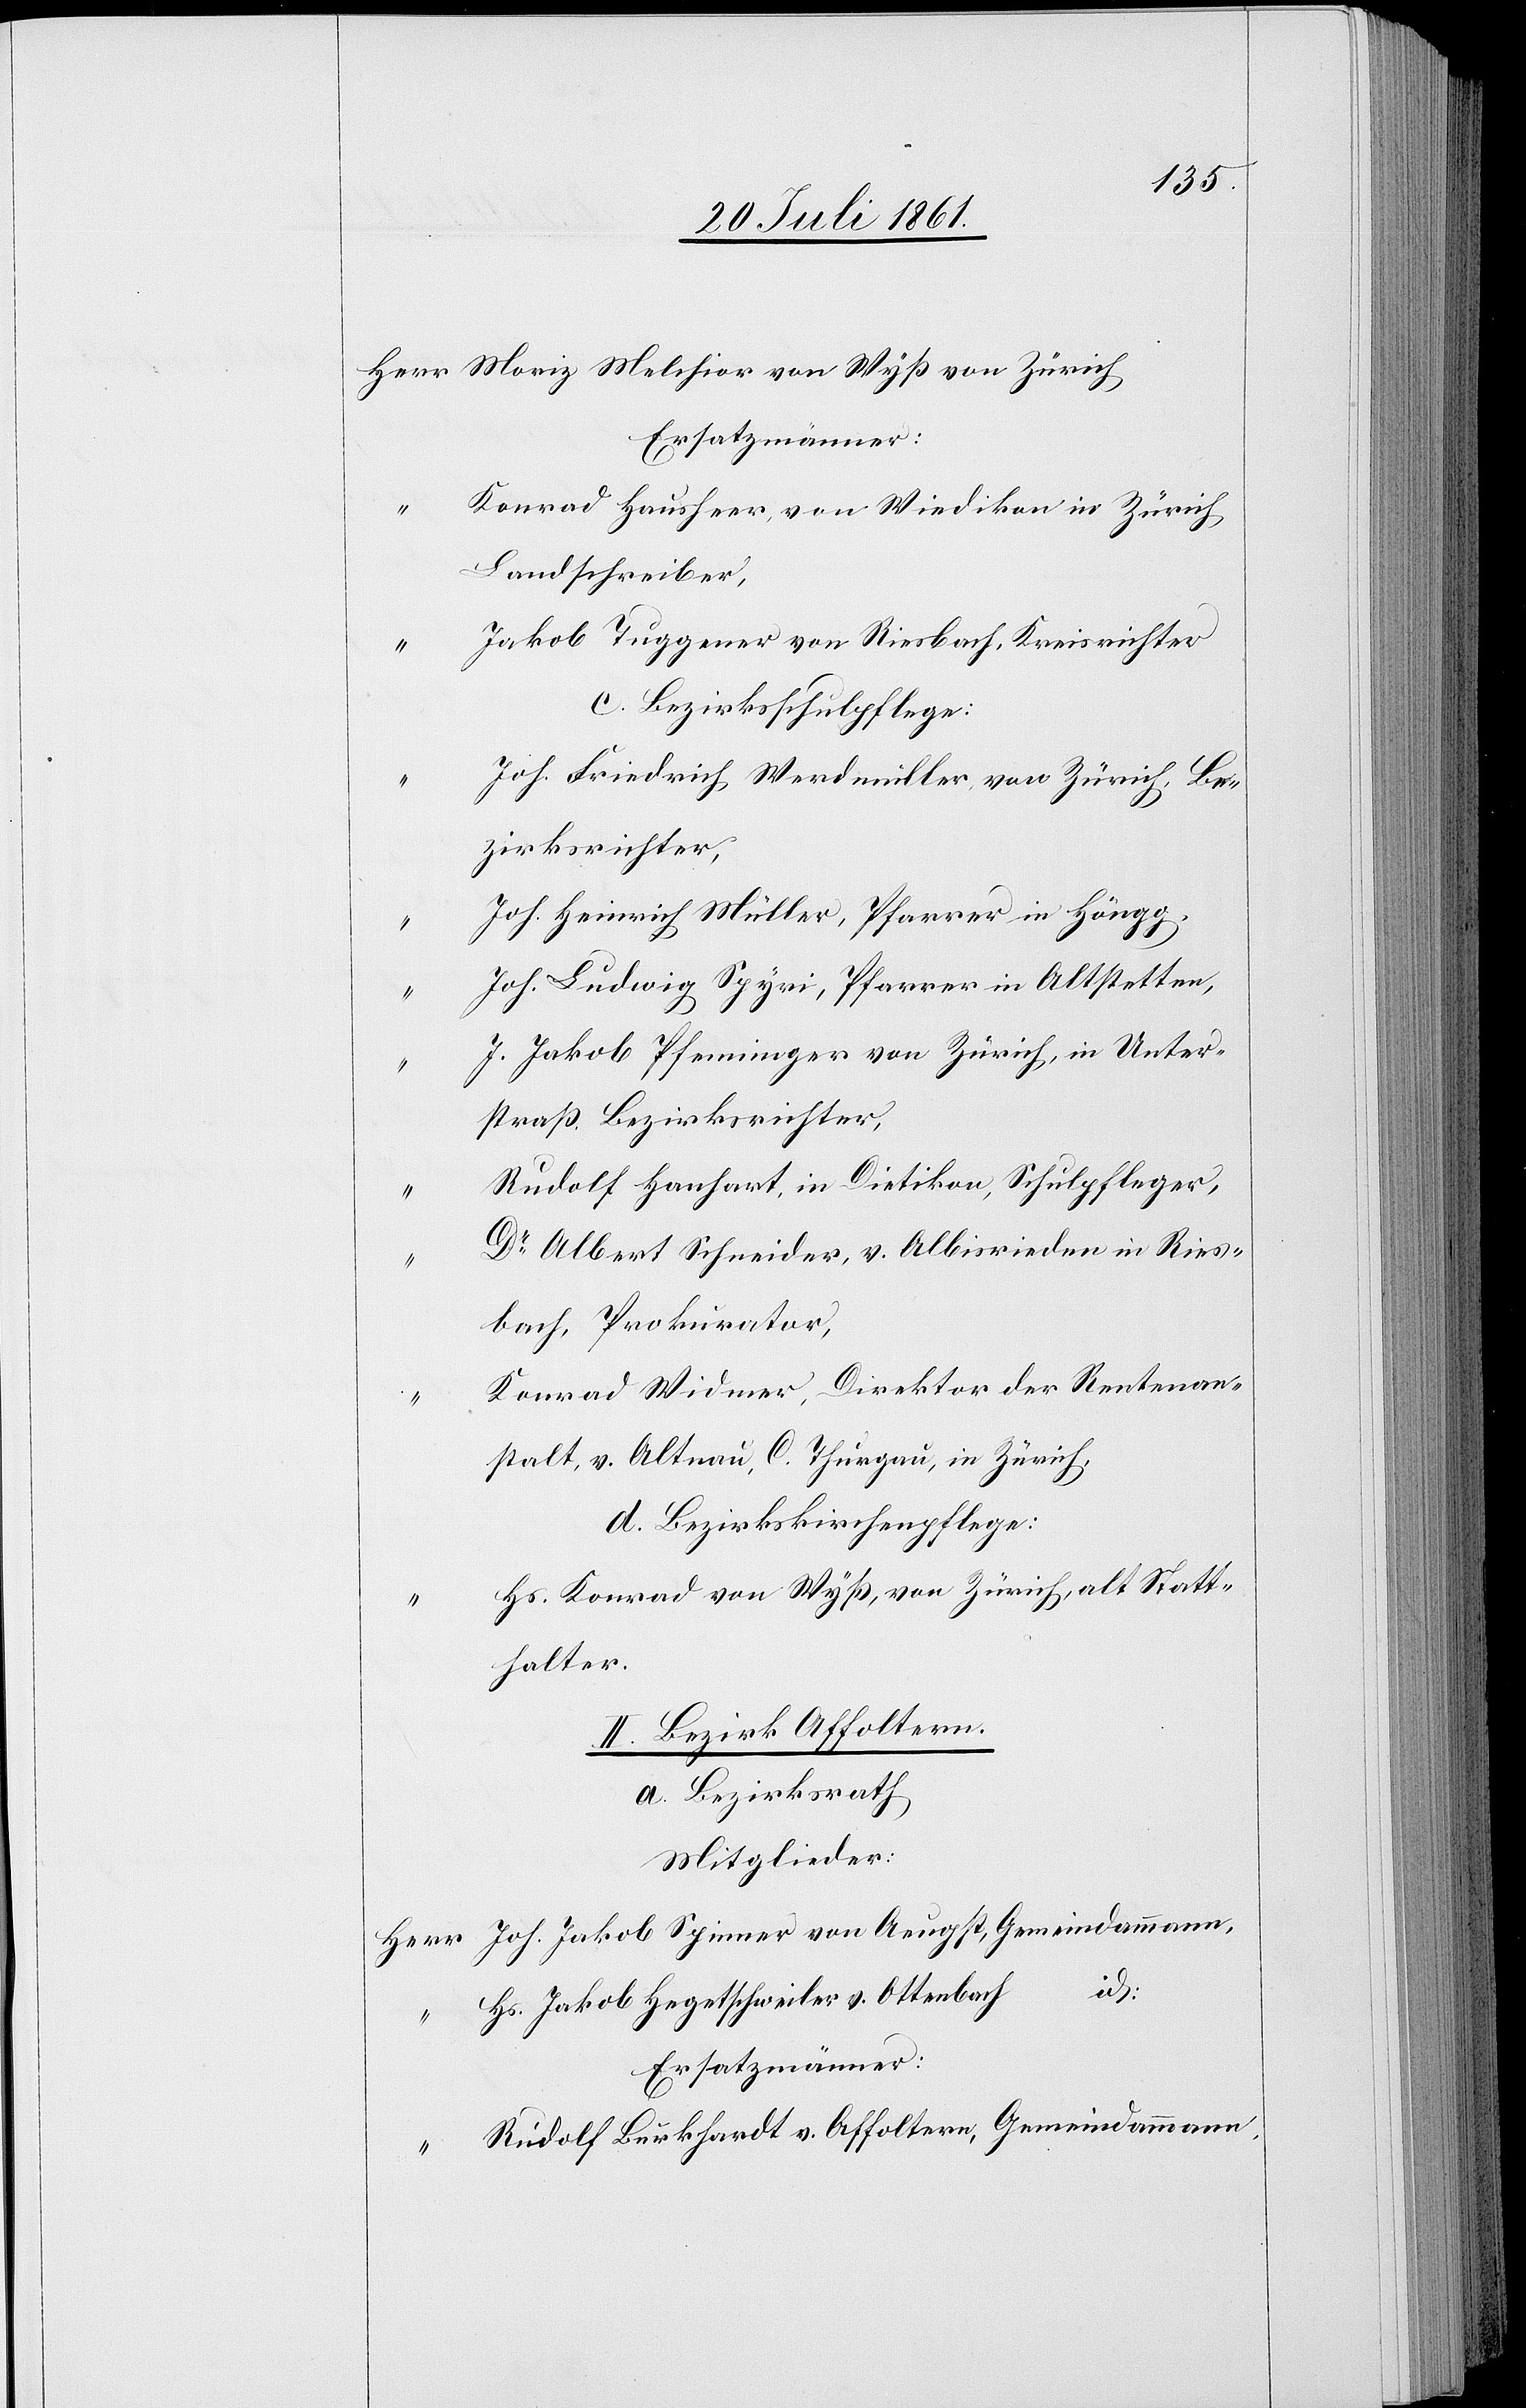
Herr Moriz Melchior von Wyß von Zürich
Ersatzmänner:
Konrad Hausherr, von Wiedikon in Zürich
Landschreiber,
“	 Jakob Truppener von Riesbach, Kreisrichter
d. Bezirksschulpflege:
Joh. Friedrich Werdmüller, von Zürich, Be¬
zirksrichter,
Joh. Heinrich Müller, Pfarrer in Höngg,
Joh. Ludwig Spyri, Pfarrer in Altstetten,
J. Jakob Pfenninger von Zürich, in Unter¬
straß Bezirksrichter,
Rudolf Hanhart, in Dietikon, Schulpfleger,
Dr Albert Schneider, v. Albisrieden in Ries¬
bach, Prokurator,
Konrad Widmer, Direktor der Rentenan¬
stalt, v. Altnau, C. Thurgau, in Zürich,
Hs. Konrad von Wyß, von Zürich, alt Statt¬
halter.
II. Bezirk Affoltern.
a. Bezirksrath
Mitglieder:
“	 Joh. Jakob Spinner von Aeugst, Gemeindammann,
id.
Hs. Jakob Hegetschweiler v. Ottenbach
“	 Rudolf Burkhardt v. Affoltern, Gemeindammann.